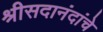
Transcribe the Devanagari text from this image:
श्रीसदानंदांचे